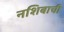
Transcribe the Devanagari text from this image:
नशिबाची